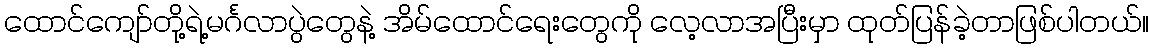
ထောင်ကျော်တို့ရဲ့မင်္ဂလာပွဲတွေနဲ့ အိမ်ထောင်ရေးတွေကို လေ့လာအပြီးမှာ ထုတ်ပြန်ခဲ့တာဖြစ်ပါတယ်။